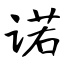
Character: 诺